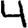
Digit: 4